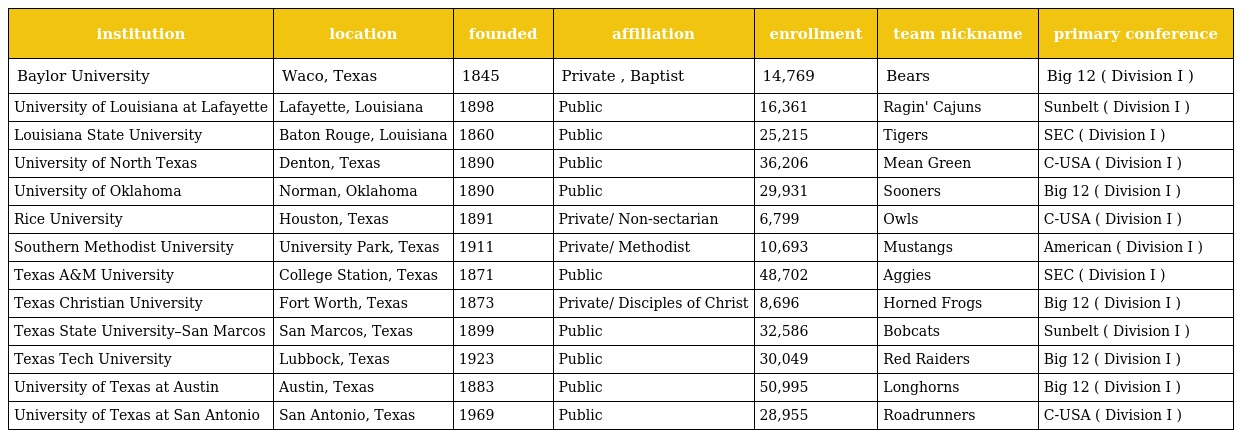
| institution | location | founded | affiliation | enrollment | team nickname | primary conference |
 | --- | --- | --- | --- | --- | --- | --- |
 | Baylor University | Waco, Texas | 1845 | Private , Baptist | 14,769 | Bears | Big 12 ( Division I ) |
 | University of Louisiana at Lafayette | Lafayette, Louisiana | 1898 | Public | 16,361 | Ragin' Cajuns | Sunbelt ( Division I ) |
 | Louisiana State University | Baton Rouge, Louisiana | 1860 | Public | 25,215 | Tigers | SEC ( Division I ) |
 | University of North Texas | Denton, Texas | 1890 | Public | 36,206 | Mean Green | C-USA ( Division I ) |
 | University of Oklahoma | Norman, Oklahoma | 1890 | Public | 29,931 | Sooners | Big 12 ( Division I ) |
 | Rice University | Houston, Texas | 1891 | Private/ Non-sectarian | 6,799 | Owls | C-USA ( Division I ) |
 | Southern Methodist University | University Park, Texas | 1911 | Private/ Methodist | 10,693 | Mustangs | American ( Division I ) |
 | Texas A&M University | College Station, Texas | 1871 | Public | 48,702 | Aggies | SEC ( Division I ) |
 | Texas Christian University | Fort Worth, Texas | 1873 | Private/ Disciples of Christ | 8,696 | Horned Frogs | Big 12 ( Division I ) |
 | Texas State University–San Marcos | San Marcos, Texas | 1899 | Public | 32,586 | Bobcats | Sunbelt ( Division I ) |
 | Texas Tech University | Lubbock, Texas | 1923 | Public | 30,049 | Red Raiders | Big 12 ( Division I ) |
 | University of Texas at Austin | Austin, Texas | 1883 | Public | 50,995 | Longhorns | Big 12 ( Division I ) |
 | University of Texas at San Antonio | San Antonio, Texas | 1969 | Public | 28,955 | Roadrunners | C-USA ( Division I ) |